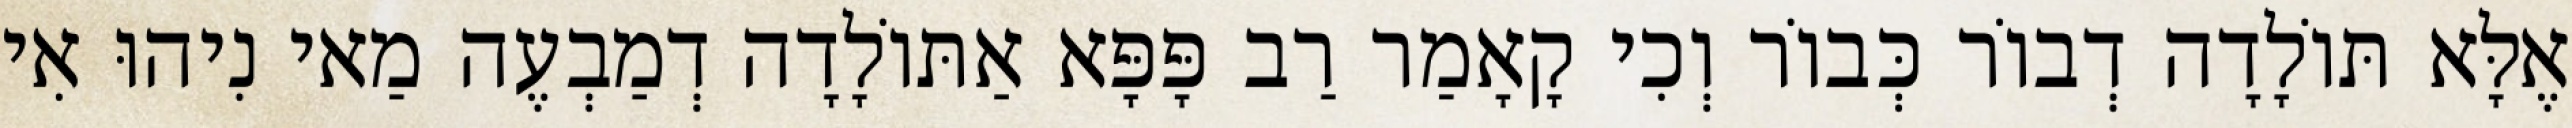
אֶלָּא תּוֹלָדָה דְבוֹר כְּבוֹר וְכִי קָאָמַר רַב פָּפָּא אַתּוֹלָדָה דְמַבְעֶה מַאי נִיהוּ אִי